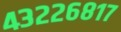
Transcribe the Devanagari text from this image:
४३२२६८१७